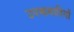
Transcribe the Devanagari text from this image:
उपआबादियों